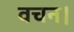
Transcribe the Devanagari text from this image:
वचन।